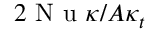
2 \mathrm { ~ N ~ u ~ } \kappa / A \kappa _ { t }